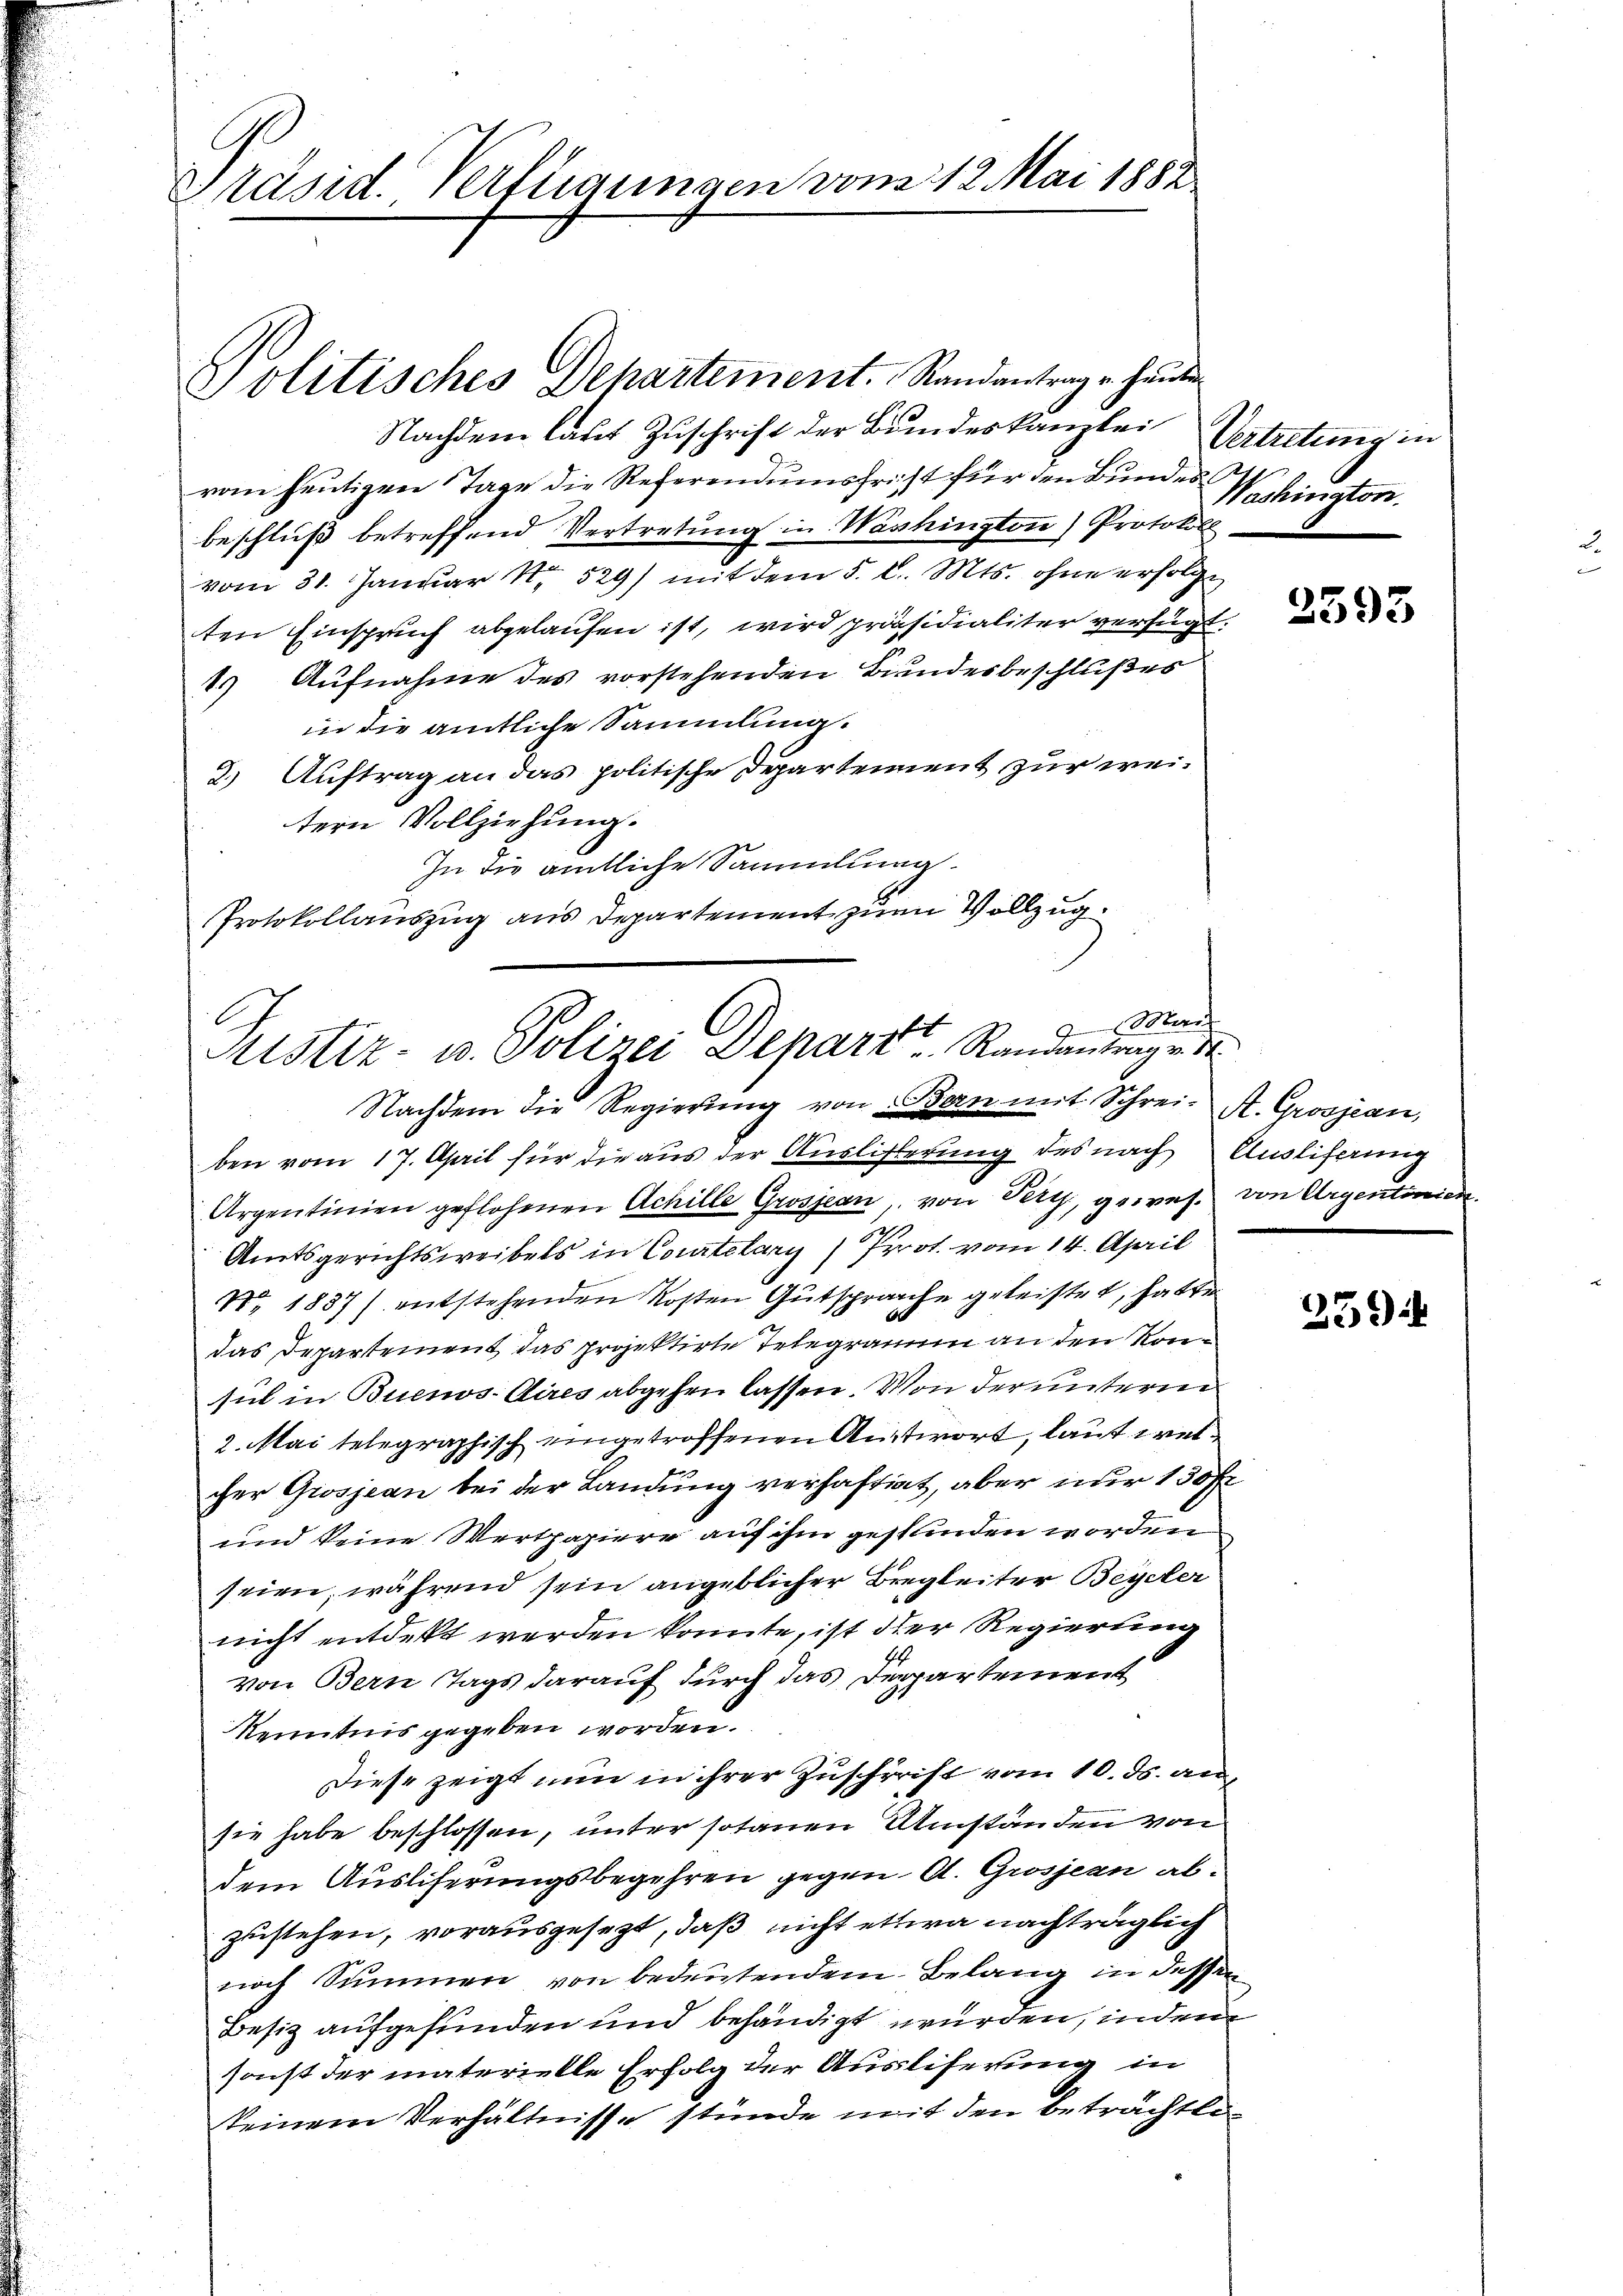
Präsid. Verfügungen vom 12. Mai 1882

Politisches Departement. Randantrag u. heute
Nachdem laut Zuschrift der Bundeskanzlei
vom heutigen Tage die Referendumsfrist für den Bundesbeschluß betreffend Vertretung in Washington) Protokoll
vom 31. Januar 18529) mit dem §. l. Mts. ohne erfolge
ten Einspruch abgelaufen ist, wird präsidialiter verfügt:
1) Aufnahme des vorstehenden Bundesbeschlußes
in die amtliche Sammlung.
2.) Auftrag an das politische Departement zur weitern Vollziehung.
In die amtliche Sammlung¬
Protokollauszug aus Departement zum Vollzug

Maren
Atstiz- u. Polizei Depart Randantrag v. M.
Nachdem die Regierŭng von Bern mit Schrei- A. Grosjean,

Vertretung in
Washington.

ben vom 17. April für die aus der Auslisterung des nach Ausliferung
Argentinien geflohenen Achille Grosjean, von Verz, gewes. von Argentinien.
Amtsgerichtsweibels in Courtelary) Prot. vom 14. April
Nr. 1837) entstehenden Kosten Gutsprache geleistet, hatte
das Departement das projektirte Telegramm an den Konsul in Buenos-Aires abgehen lassen. Von der unterm
2. Mai telegraphisch eingetroffenen Antwort, laut wel¬
u
cher Grosjean bei der Landung verhaftigt, aber nur 150 Fr
und keine Wertpapiere auf ihm gestanden worden
seien, während sein angeblicher Bregleiter Beyler
nicht entdekt werden konnte, ist der Regierung
von Bern Tags darauf durch das Departement
Kenntnis gegeben worden.
Diese zeigt nun in ihrer Zuschrift vom 10. ds. an,
sie habe beschlossen, unter sotanen Umständen von
dem Ausliferungsbegehren gegen A. Grosjean ab-
zustehen, vorausgesezt, daß nicht ettwa nachträglich
noch Summen von bedeutendem Belang in dessen
Besiz aufgefunden und behändigt wurden, indem
sonst der materielle Erfolg der Ausliferung in
keinem Verhältnisse stünde mit den beträchtli¬

2593

259